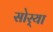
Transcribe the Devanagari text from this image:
सोर्‍या